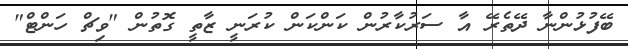
ބޭފުޅުންނާ ދޭތެރޭ އާ ސަރުކާރުން ކަންކަން ކުރަނީ ޒާތީ ގޮތުން "ވިޗް ހަންޓް"